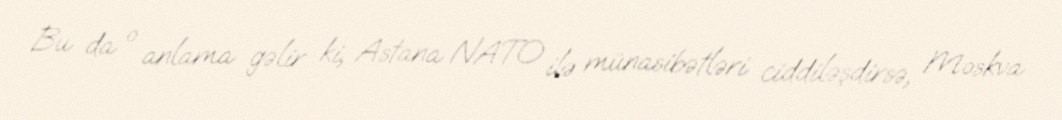
Bu da o anlama gəlir ki, Astana NATO ilə münasibətləri ciddiləşdirsə, Moskva